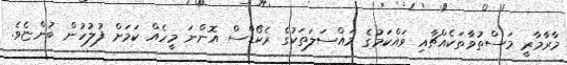
މާރާމާރީ މަސްތުވާތަކެއްޗާއި ވައްކަމުގެ މައްސަލަތަކުގެ ރެކޯޑްސް އޮންނަ މީހެއް ކަމަށް ފުލުހުން ބުންޏެވެ.